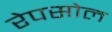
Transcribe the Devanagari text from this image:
रेपसोल